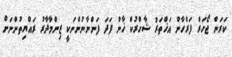
ކަރަން ޖޯހަރް ފަރްހާން އަޚްތަރު ޝާހްރުކް ޚާން ފަދަ ފަންނާނުންނަކީ ޒިންމާދާރު ރައްޔިތުންނަށް